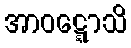
အာဝဋ္ဋောသိ